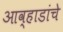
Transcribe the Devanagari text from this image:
आव्हाडांचे